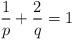
LaTeX: \begin{align*}\frac{1}{p} + \frac{2}{q} = 1\end{align*}